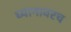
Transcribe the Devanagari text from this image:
ध्यानावरच